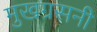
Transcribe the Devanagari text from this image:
मुखग्रसनी